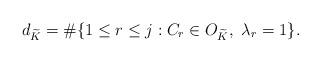
LaTeX: \begin{align*}d_{\widetilde K} = \# \{1 \leq r \leq j : C_r \in O_{\widetilde K}, \ \lambda_r = 1 \}.\end{align*}